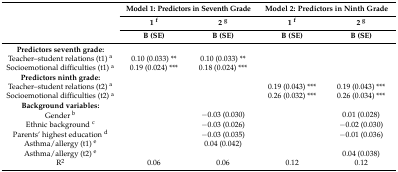
| <ROWSPAN=3>  | <COLSPAN=2> Model 1: Predictors in Seventh Grade | <COLSPAN=2> Model 2: Predictors in Ninth Grade |
 | 1 f | 2 g | 1 f | 2 g |
 | B (SE) | B (SE) | B (SE) | B (SE) |
 | --- | --- | --- | --- | --- |
 | Predictors seventh grade: |  |  |  |  |
 | Teacher–student relations (t1) a | 0.10 (0.033) ** | 0.10 (0.033) ** |  |  |
 | Socioemotional difficulties (t1) a | 0.19 (0.024) *** | 0.18 (0.024) *** |  |  |
 | Predictors ninth grade: |  |  |  |  |
 | Teacher–student relations (t2) a |  |  | 0.19 (0.043) *** | 0.19 (0.043) *** |
 | Socioemotional difficulties (t2) a |  |  | 0.26 (0.032) *** | 0.26 (0.034) *** |
 | Background variables: |  |  |  |  |
 | Gender b |  | −0.03 (0.030) |  | 0.01 (0.028) |
 | Ethnic background c |  | −0.03 (0.026) |  | −0.02 (0.030) |
 | Parents’ highest education d |  | −0.03 (0.035) |  | −0.01 (0.036) |
 | Asthma/allergy (t1) e |  | 0.04 (0.042) |  |  |
 | Asthma/allergy (t2) e |  |  |  | 0.04 (0.038) |
 | R2 | 0.06 | 0.06 | 0.12 | 0.12 |